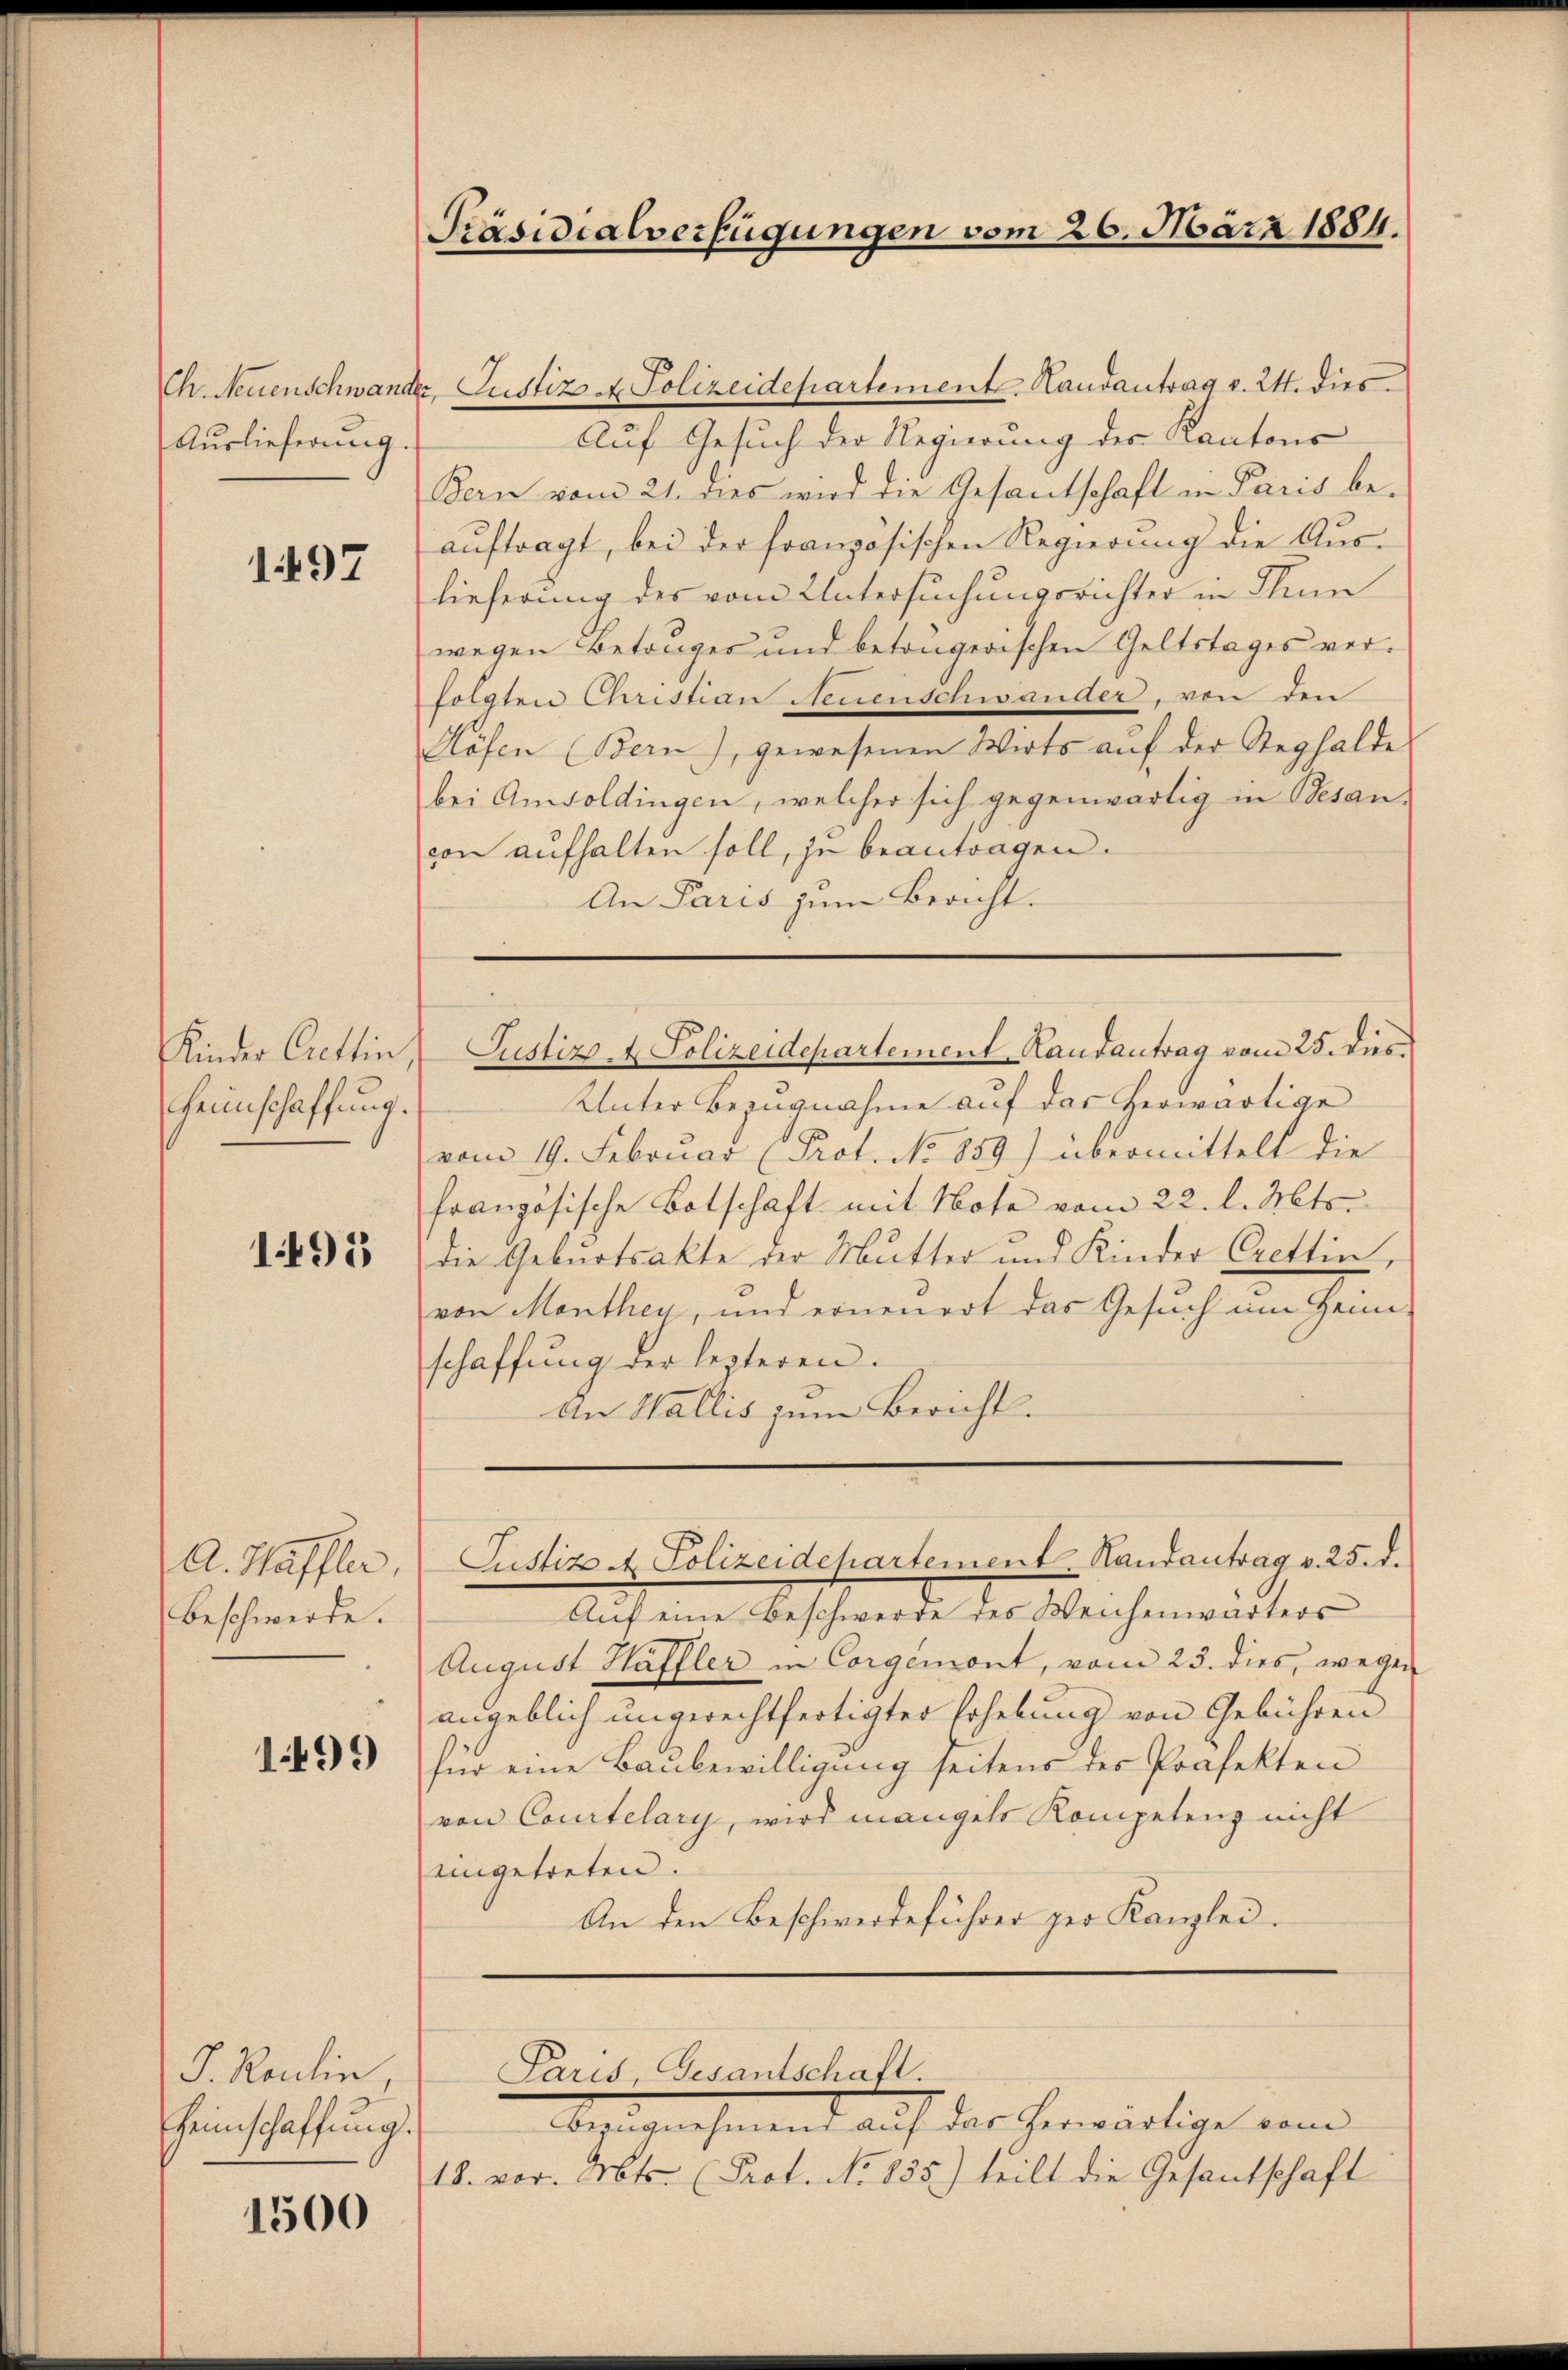
Auslieferung

197

Kinder Crettin
Heimschaffung.

1495

A. Haffler,
Beschwerde.

1499

J. Raulin,
Heimschaffung.

1500

Präsidialverfügungen vom 26. März 1884.

Ch. Neuenschwander, Justiz u. Polizeidepartement. Handantrag v. 24. dies
Auf Gesuch der Regierung der Kantons
Bern vom 21. dies wird die Gesantschaft in Paris be-
auftragt, bei der französischen Regierung die Auslieferung des vom Untersuchungsrichter in Thun
wegen Betruges und betrugerischen Geltstages verfolgten Christian Neuenschwander, von den
Höfen (Bern), gewesenen Wirts aŭf der Steghalde
bei Amsoldingen, welcher sich gegenwärtig in Besan-
con aufhalten soll, zu beantragen.
An Paris zŭm Bericht.

Unter Bezugnahme auf das herwärtige
vom 19. Februar (Prot. No 859) übermittelt die
französische Botschaft mit Note vom 22. l. Mts.
die Geburtsakte der Mutter und Kinder Crettin,
von Monthey, und erneuert das Gesuch im Heim-
schaffung der leiteren.
An Wallis zum Bericht.

Justiz- & Polizeidepartement Randantrag vom 25. des

Justiz - Polizeidepartement. Handantrag v. 25. d.

Aŭf eine Beschwerde des Weichenwärters
August Haffler in Corgemont, vom 23. dies, wegen
angeblich ungerechtfertigter Erhebung von Gebühren
für eine Baubewilligung seitens des Präfekten
von Courtelary, wird mangels Kompetenz nicht
eingetreten.
An den Beschwerdeführer zur Kanzlei.

Paris, Gesantschaft.

bezugnehmend auf das herwärtige vom
18. vor. Mts. (Prof. No 855) teilt die Gesantschaft